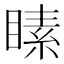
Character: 𪾵